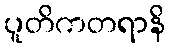
ပူတိကတရာနိ